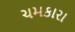
ચમકારા